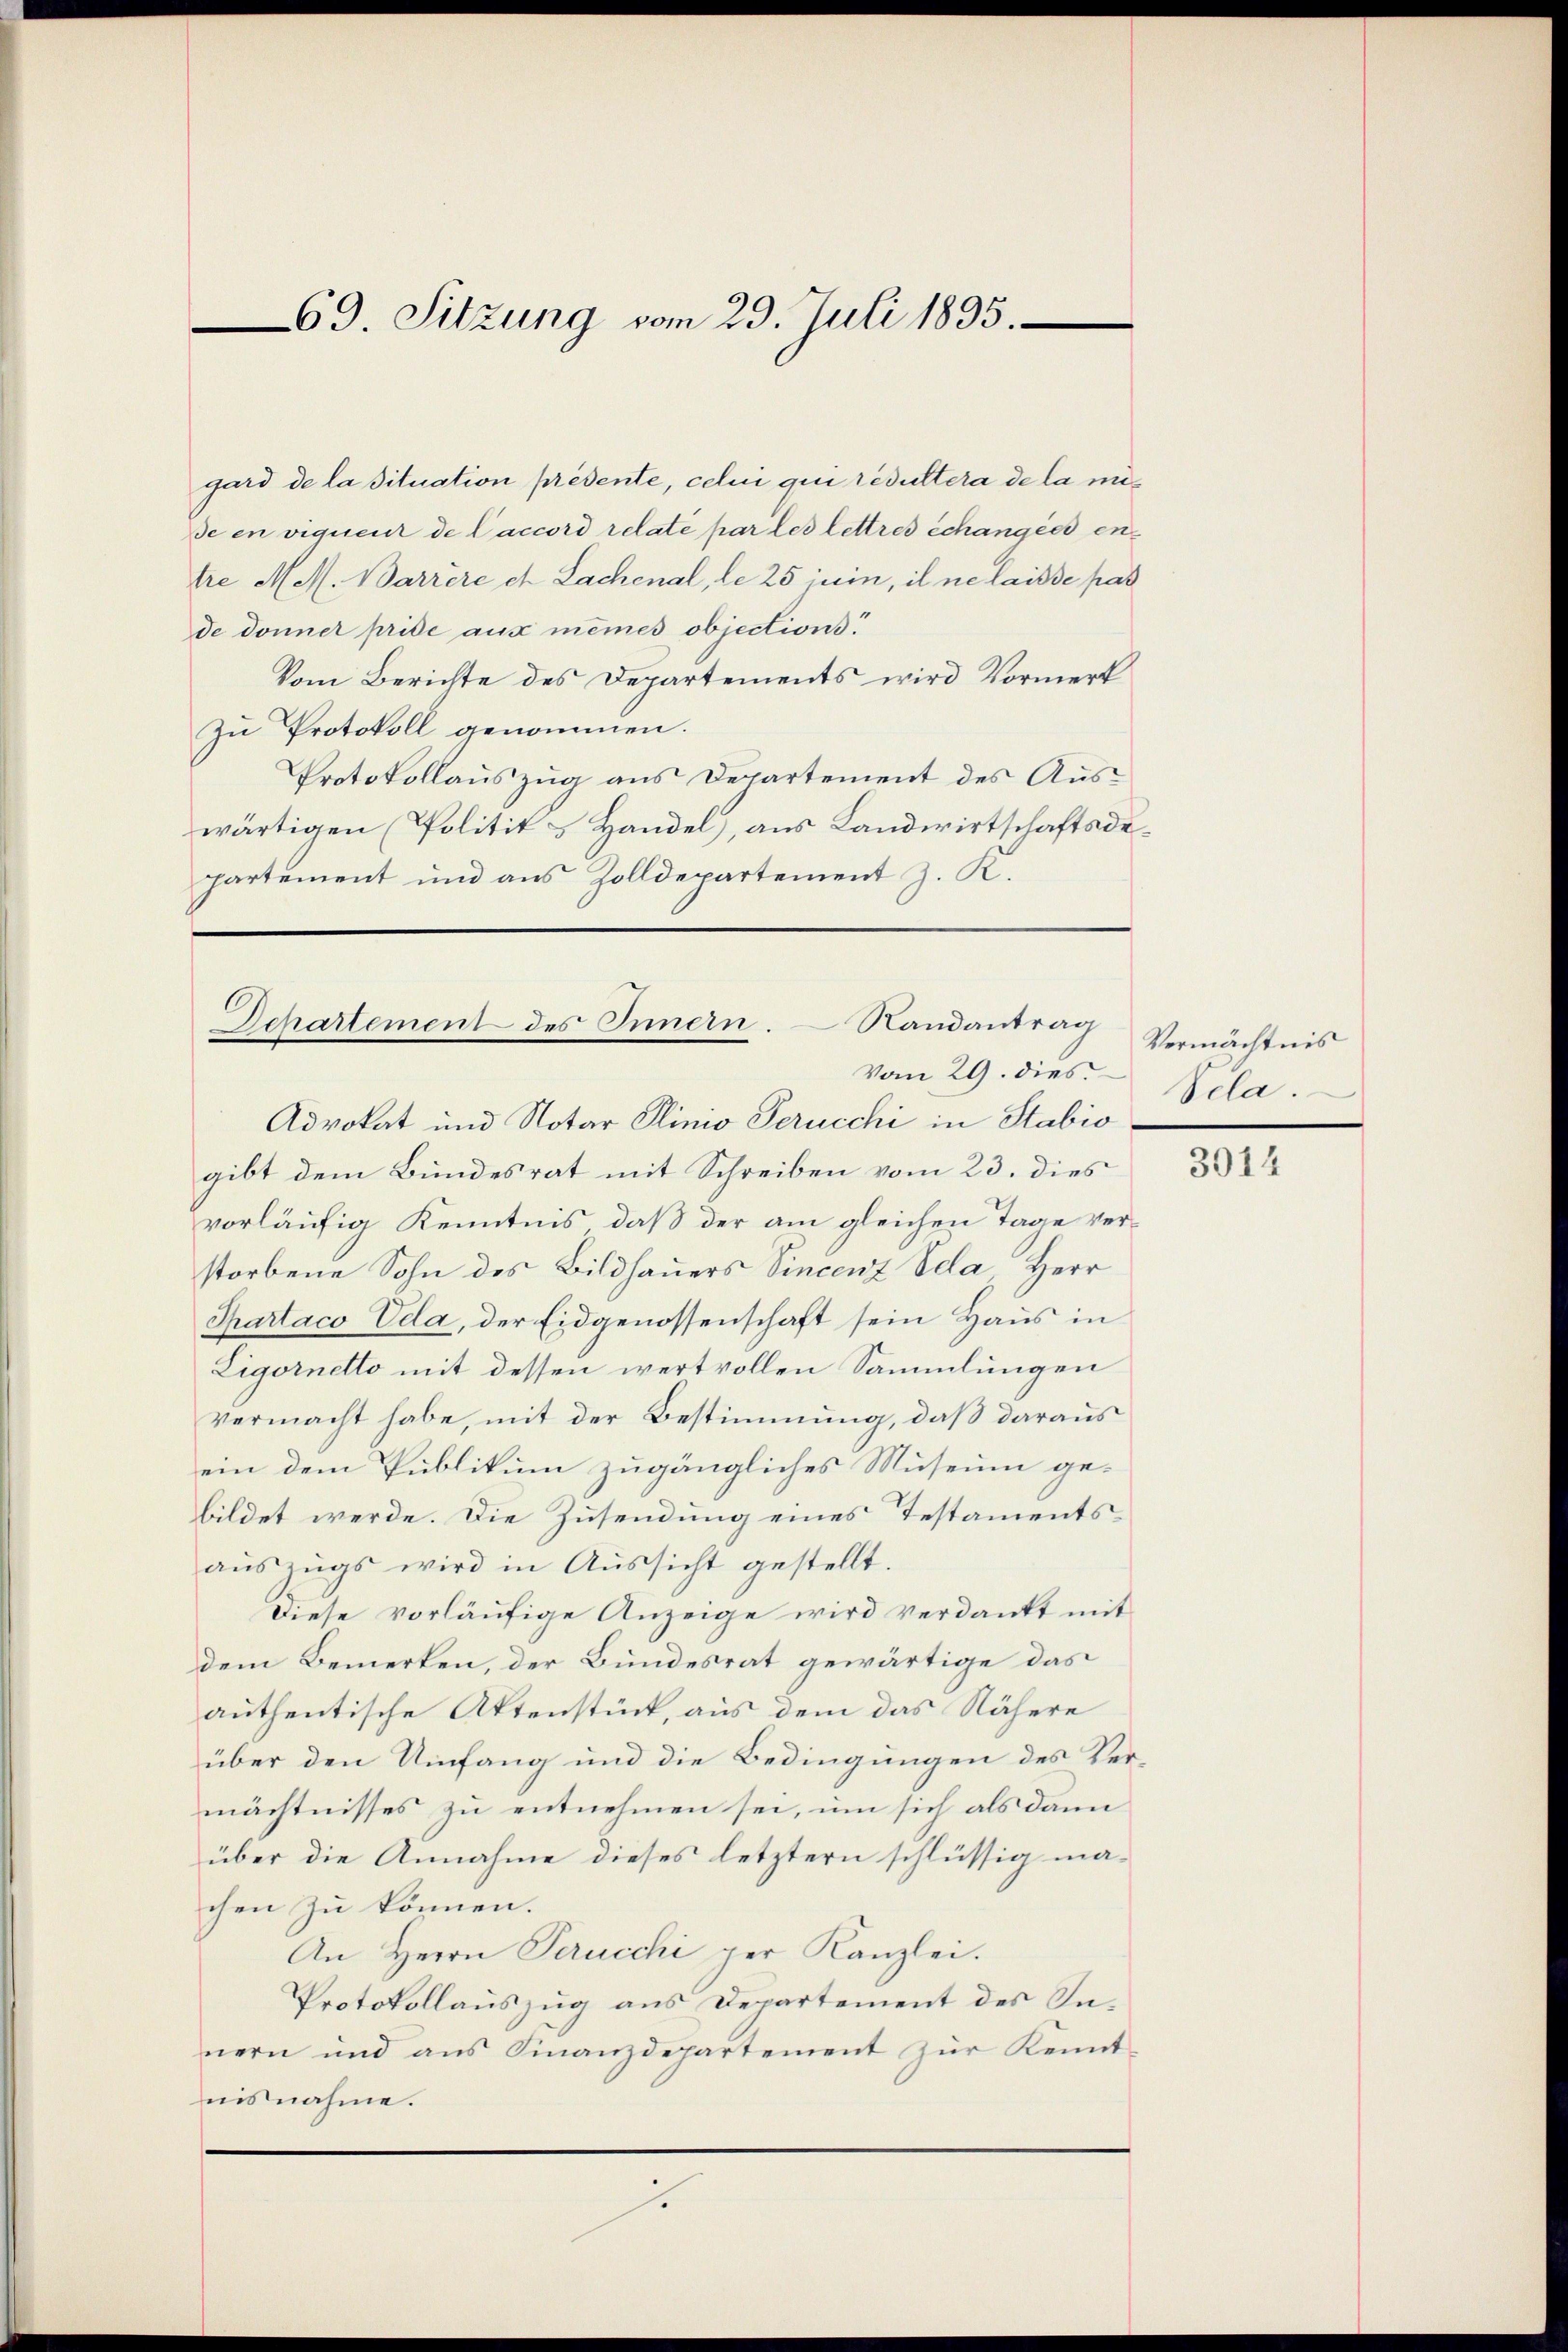
69. Sitzung vom 29. Juli 1895.

gard de la dituation présente, celui qui rédultera de la mide en vigueur de Caccord relate par les lettres échangers en
tre M. Barrere et Lachenal, le 25 juin, il ne laisse pas
de donner prise aux mêmes objections.
Vom Berichte des Departements wird Vormerk
Zu Protokoll genommen.
Protokollauszug aus Departement des Auswärtigen (Politik & Handel), aus Landwirtschaftsdepartement und aus Zolldepartement z. K.

Departement des Innern. – Nandantrag
Vom 29. dies

Advokat und Notar Plinio Perucchi in Stabio
gibt dem Bundesrat mit Schreiben vom 23. dies
vorläufig Kenntnis, daß der am gleichen Tage verstorbene Sohn des Bildhauers Vincenz Edla, Herr
Phartaco Uda, der Eidgenossenschaft sein Haus in
Ligornetto mit dessen wertvollen Sammlungen
vermacht habe, mit der Bestimmung, daß daraus
ein dem Publikum zugängliches Museum gebildet werde. Die Zusendung eines Testamentsauszugs wird in Aussicht gestellt.
Diese vorläufige Anzeige wird verdankt mit
dem Bemerken, der Bundesrat gewärtige das
authentische Aktenstück, aus dem das Nähere
über den Umfang und die Bedingungen des Vermächtnisses zu entnehmen sei, um sich als dann
über die Annahme dieses letztern schlüssig machen zu können.
An Herrn Perucchi per Kanzlei.
Protokollauszug aus Departement des Innern und aus Finanzdepartement zur Kennt-
nis nahme.

1

Vermächtnis
Scla.

3914